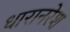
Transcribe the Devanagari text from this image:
धारानरेश